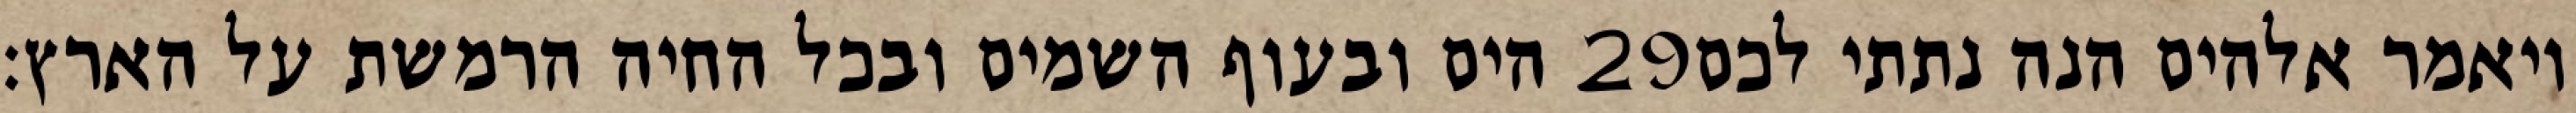
הים ובעוף השמים ובכל החיה הרמשת על הארץ׃ ‎29‏ ויאמר אלהים הנה נתתי לכם